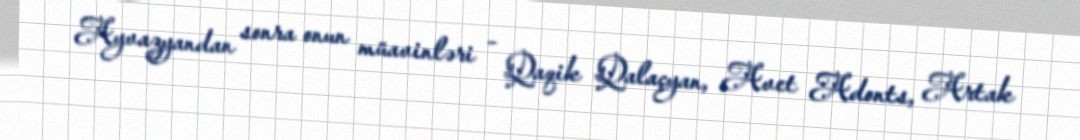
Ayvazyandan sonra onun müavinləri - Qaqik Qalaçyan, Avet Adonts, Artak